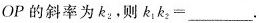
OP的斜率为k_{2}，则$$k _ { 1 } k _ { 2 } = ___$$。